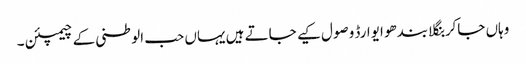
وہاں جاکر بنگلا بندھو ایوارڈ وصول کیے جاتے ہیں یہاں حب الوطنی کے چیمپئن ۔